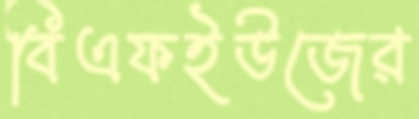
বিএফইউজের